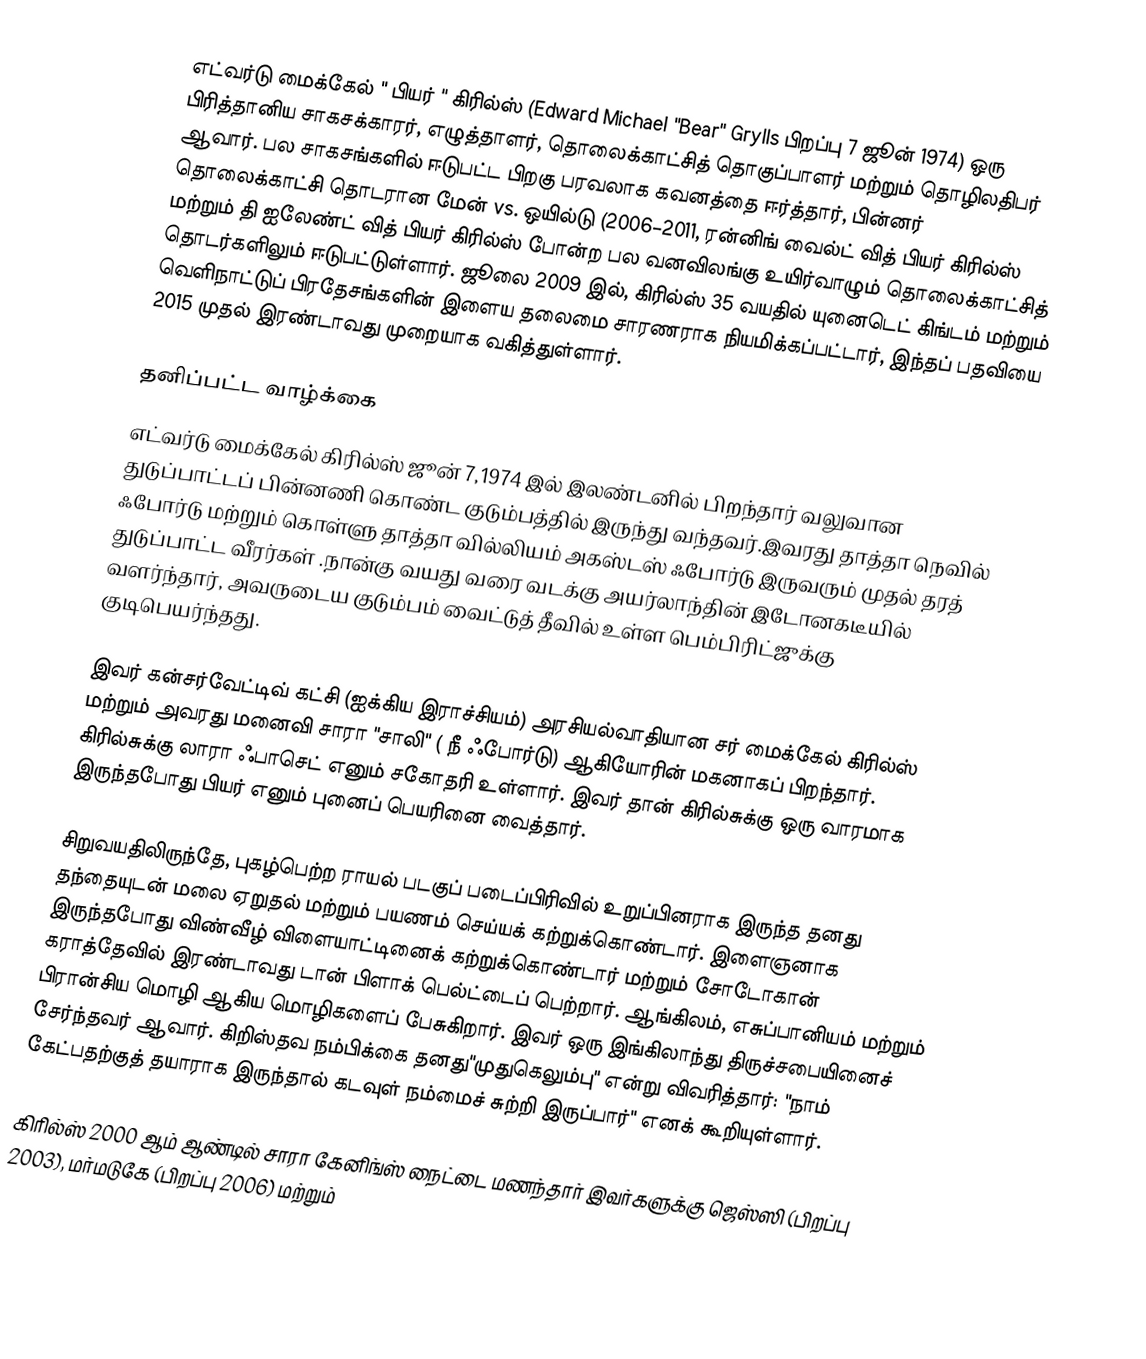
எட்வர்டு மைக்கேல் " பியர் " கிரில்ஸ்  (Edward Michael "Bear" Grylls  பிறப்பு 7 ஜூன் 1974) ஒரு பிரித்தானிய சாகசக்காரர், எழுத்தாளர், தொலைக்காட்சித் தொகுப்பாளர் மற்றும் தொழிலதிபர் ஆவார். பல சாகசங்களில் ஈடுபட்ட பிறகு  பரவலாக கவனத்தை ஈர்த்தார், பின்னர்  தொலைக்காட்சி தொடரான மேன் vs. ஒயில்டு (2006–2011, ரன்னிங் வைல்ட் வித் பியர் கிரில்ஸ் மற்றும் தி ஐலேண்ட் வித் பியர் கிரில்ஸ் போன்ற பல வனவிலங்கு உயிர்வாழும் தொலைக்காட்சித் தொடர்களிலும்  ஈடுபட்டுள்ளார். ஜூலை 2009 இல், கிரில்ஸ் 35 வயதில் யுனைடெட் கிங்டம் மற்றும் வெளிநாட்டுப் பிரதேசங்களின் இளைய தலைமை சாரணராக நியமிக்கப்பட்டார்,  இந்தப் பதவியை 2015 முதல் இரண்டாவது முறையாக வகித்துள்ளார்.

தனிப்பட்ட வாழ்க்கை
எட்வர்டு மைக்கேல் கிரில்ஸ்  ஜூன் 7,1974 இல் இலண்டனில் பிறந்தார்  வலுவான துடுப்பாட்டப் பின்னணி கொண்ட குடும்பத்தில் இருந்து வந்தவர்.இவரது தாத்தா நெவில் ஃபோர்டு மற்றும் கொள்ளு தாத்தா வில்லியம் அகஸ்டஸ் ஃபோர்டு இருவரும் முதல் தரத் துடுப்பாட்ட வீரர்கள் .நான்கு வயது வரை வடக்கு அயர்லாந்தின் இடோனகடீயில் வளர்ந்தார், அவருடைய குடும்பம் வைட்டுத் தீவில் உள்ள பெம்பிரிட்ஜுக்கு குடிபெயர்ந்தது.

இவர் கன்சர்வேட்டிவ் கட்சி (ஐக்கிய இராச்சியம்) அரசியல்வாதியான சர் மைக்கேல் கிரில்ஸ் மற்றும் அவரது மனைவி சாரா "சாலி" ( நீ ஃபோர்டு) ஆகியோரின் மகனாகப் பிறந்தார்.  கிரில்சுக்கு  லாரா ஃபாசெட்  எனும் சகோதரி உள்ளார். இவர் தான் கிரில்சுக்கு ஒரு வாரமாக இருந்தபோது பியர் எனும் புனைப் பெயரினை வைத்தார்.

சிறுவயதிலிருந்தே, புகழ்பெற்ற ராயல் படகுப் படைப்பிரிவில் உறுப்பினராக இருந்த தனது தந்தையுடன் மலை ஏறுதல் மற்றும் பயணம் செய்யக் கற்றுக்கொண்டார். இளைஞனாக இருந்தபோது விண்வீழ் விளையாட்டினைக் கற்றுக்கொண்டார் மற்றும் சோடோகான் கராத்தேவில் இரண்டாவது டான் பிளாக் பெல்ட்டைப் பெற்றார்.  ஆங்கிலம், எசுப்பானியம் மற்றும் பிரான்சிய மொழி ஆகிய மொழிகளைப் பேசுகிறார்.  இவர் ஒரு இங்கிலாந்து திருச்சபையினைச் சேர்ந்தவர் ஆவார்.  கிறிஸ்தவ நம்பிக்கை தனது"முதுகெலும்பு" என்று விவரித்தார்:  "நாம் கேட்பதற்குத் தயாராக இருந்தால் கடவுள் நம்மைச் சுற்றி இருப்பார்" எனக் கூறியுள்ளார்.

கிரில்ஸ் 2000 ஆம் ஆண்டில் சாரா கேனிங்ஸ் நைட்டை மணந்தார்  இவர்களுக்கு ஜெஸ்ஸி (பிறப்பு 2003), மர்மடுகே (பிறப்பு 2006) மற்றும்